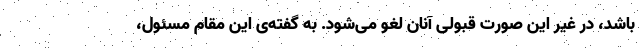
باشد، در غیر این صورت قبولی آنان لغو می‌شود. به گفته‌ی این مقام مسئول،